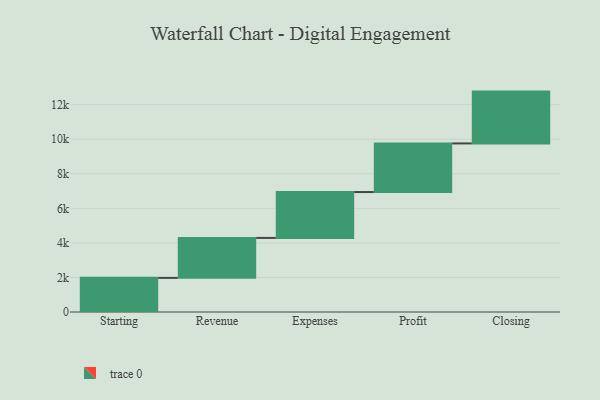
{"axis": {"x": "Step", "y": "Value"}, "legend": [""], "data": [{"x": "Starting", "y": 1975.0, "type": ""}, {"x": "Revenue", "y": 2313.0, "type": ""}, {"x": "Expenses", "y": 2654.0, "type": ""}, {"x": "Profit", "y": 2813.0, "type": ""}, {"x": "Closing", "y": 3000, "type": ""}]}